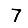
Digit: 7